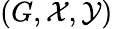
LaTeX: (G,{\mathcal{X}},{\mathcal{Y}})